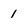
Character: 1